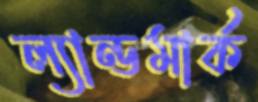
ল্যান্ডমার্ক